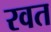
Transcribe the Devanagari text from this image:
रवत